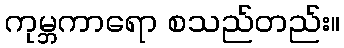
ကုမ္ဘကာရော စသည်တည်း။